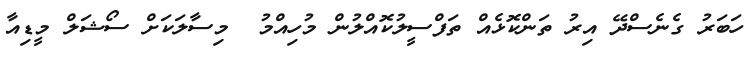
ހަބަރު ގެނެސްދޭ އިރު ތަންކޮޅެއް ތަފްސީލުކޮއްލުން މުހިއްމު  މިސާލަކަށް ސޯޝަލް މީޑިއާ